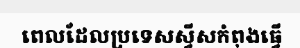
ពេលដែលប្រទេសស្វីសកំពុងធ្វើ